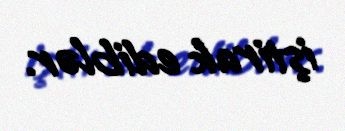
iştirak ediblər.